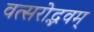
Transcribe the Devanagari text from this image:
वत्सरोद्भवम्